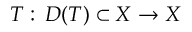
T : \, D ( T ) \subset X \to X